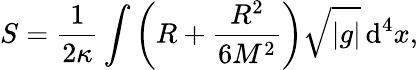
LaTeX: S={\frac{1}{2\kappa}}\int\left(R+{\frac{R^{2}}{6M^{2}}}\right){\sqrt{\vert g\vert}}\, \mathrm{d}^{4}x,